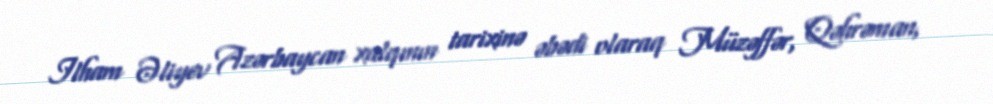
Ilham Əliyev Azərbaycan xalqının tarixinə əbədi olaraq Müzəffər, Qəhrəman,